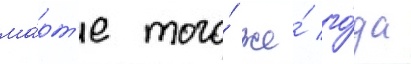
ма́рт'е того́ же́ го́да